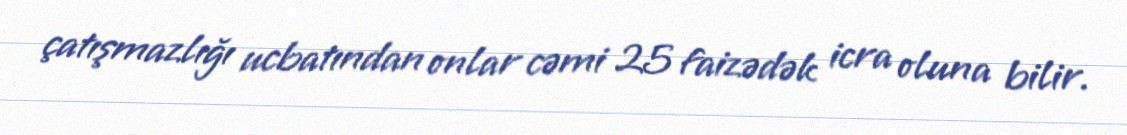
çatışmazlığı ucbatından onlar cəmi 25 faizədək icra oluna bilir.